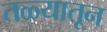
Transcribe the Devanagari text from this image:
तळ्यातून